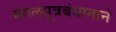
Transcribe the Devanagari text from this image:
मंगलसूत्रबंधानाने